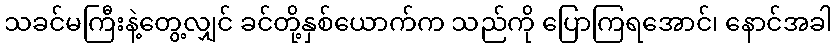
သခင်မကြီးနဲ့တွေ့လျှင် ခင်တို့နှစ်ယောက်က သည်ကို ပြောကြရအောင်၊ နောင်အခါ